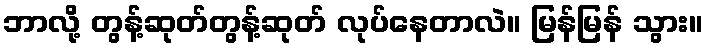
ဘာလို့ တွန့်ဆုတ်တွန့်ဆုတ် လုပ်နေတာလဲ။ မြန်မြန် သွား။